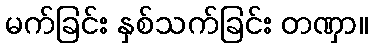
မက်ခြင်း နှစ်သက်ခြင်း တဏှာ။